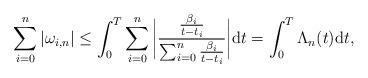
LaTeX: \begin{align*}\sum_{i=0}^{n}\vert \omega_{i,n}\vert \leq \int_{0}^{T}\sum_{i=0}^{n}\bigg\vert \dfrac{\frac{\beta_{i}}{t-t_{i}}}{\sum_{i=0}^{n}\frac{\beta_{i}}{t-t_{i}}} \bigg{\vert}\mathrm{d}t = \int_{0}^{T} \Lambda_{n}(t)\mathrm{d}t,\end{align*}